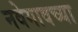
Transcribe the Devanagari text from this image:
नवेगावच्या